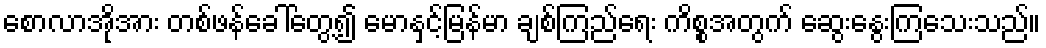
စောလာအိုအား တစ်ဖန်ခေါ်တွေ့၍ မောနှင့်မြန်မာ ချစ်ကြည်ရေး ကိစ္စအတွက် ဆွေးနွေးကြသေးသည်။